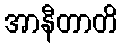
အာနီတာတိ